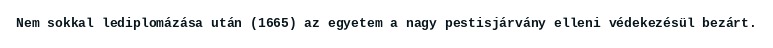
Nem sokkal lediplomázása után (1665) az egyetem a nagy pestisjárvány elleni védekezésül bezárt.